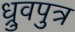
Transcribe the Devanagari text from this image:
ध्रुवपुत्र